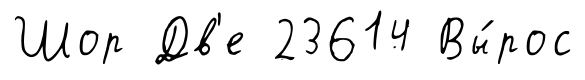
Шор Дв'е 23614 Вы́рос